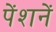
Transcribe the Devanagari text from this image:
पेंशनें